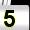
Digit: 5